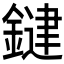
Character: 𮢱